Madras plague regulations and rules - Volume 1
Disease focus: Plague
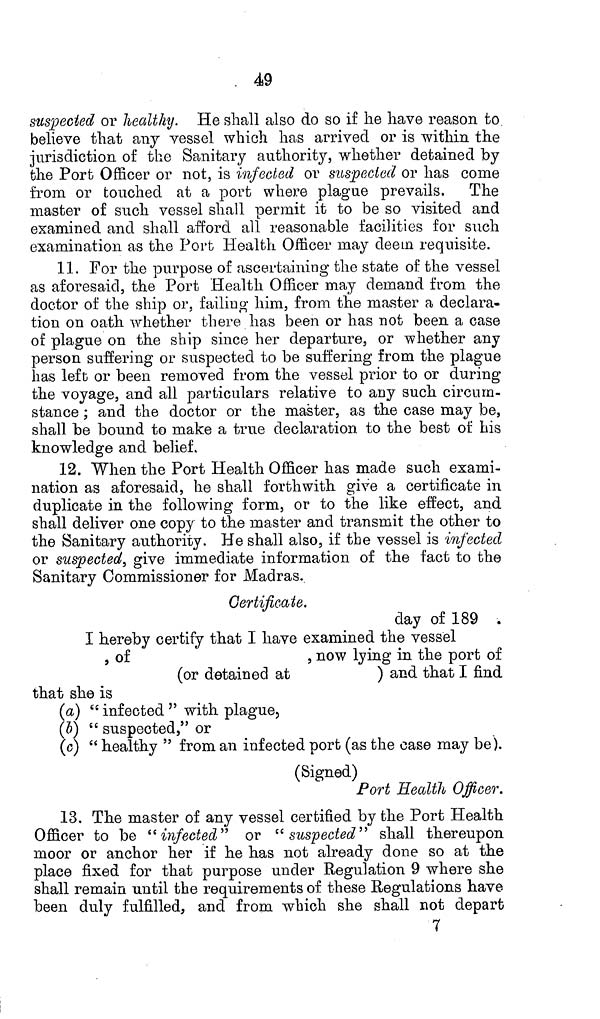
49
suspected or healthy. He shall also do so if he have reason to
believe that any vessel which has arrived or is within the
jurisdiction of the Sanitary authority, whether detained by
the Port Officer or not, is infected or suspected or has come
from or touched at a port where plague prevails. The
master of such vessel shall permit it to be so visited and
examined and shall afford all reasonable facilities for such
examination as the Port Health Officer may deem requisite.
11. For the purpose of ascertaining the state of the vessel
as aforesaid, the Port Health Officer may demand from the
doctor of the ship or, failing him, from the master a declara-
tion on oath whether there has been or has not been a case
of plague on the ship since her departure, or whether any
person suffering or suspected to be suffering from the plague
has left or been removed from the vessel prior to or during
the voyage, and all particulars relative to any such circum-
stance ; and the doctor or the master, as the case may be,
shall be bound to make a true declaration, to the best of his
knowledge and belief.
12. When the Port Health Officer has made such exami-
nation as aforesaid, he shall forthwith give a certificate in
duplicate in the following form, or to the like effect, and
shall deliver one copy to the master and transmit the other to
the Sanitary authority. He shall also, if the vessel is infected
or suspected, give immediate information of the fact to the
Sanitary Commissioner for Madras.
Certificate.
day of 189
I hereby certify that I have examined the vessel
, of
, now lying in the port of
(or detained at
) and that I find
that she is
(a) " infected " with plague,
(5) " suspected," or
(c) " healthy " from an infected port (as the case may be).
(Signed)
Port Health Officer.
13. The master of any vessel certified by the Port Health
Officer to be "infected" or "suspected" shall thereupon
moor or anchor her if he has not already done so at the
place fixed for that purpose under Regulation 9 where she
shall remain until the requirements of these Regulations have
been duly fulfilled, and from which she shall not depart
7